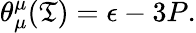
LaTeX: \theta_{\mu}^{\mu}(\mathfrak{T})=\epsilon-3P.